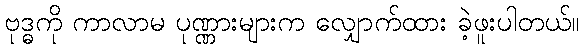
ဗုဒ္ဓကို ကာလာမ ပုဏ္ဏားများက လျှောက်ထား ခဲ့ဖူးပါတယ်။